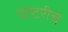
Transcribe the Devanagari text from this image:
पोटरीचे